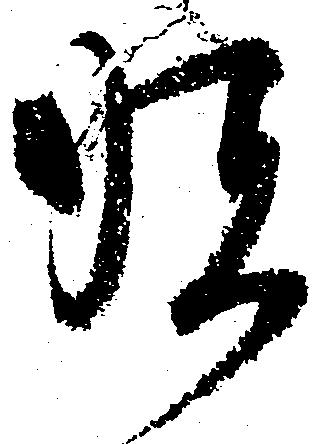
順